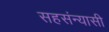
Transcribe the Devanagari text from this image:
सहसंन्यासी